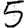
Digit: 5